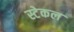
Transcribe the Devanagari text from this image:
स्टेकल